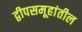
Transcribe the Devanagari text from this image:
द्वीपसमूहांतील